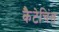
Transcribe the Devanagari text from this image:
कैटेचिंस